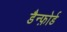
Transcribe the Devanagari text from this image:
डैन्फ़ोर्ड